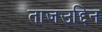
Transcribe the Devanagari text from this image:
ताजउद्दिन